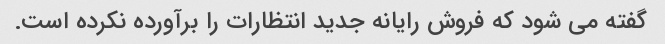
گفته می شود که فروش رایانه جدید انتظارات را برآورده نکرده است.